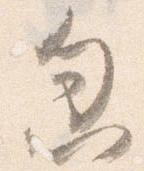
忽